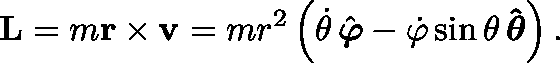
\mathbf { L } = m \mathbf { r } \times \mathbf { v } = m r ^ { 2 } \left( { \dot { \theta } } \, { \hat { \boldsymbol { \varphi } } } - { \dot { \varphi } } \sin \theta \, \mathbf { \hat { \boldsymbol { \theta } } } \right) .